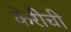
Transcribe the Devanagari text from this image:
केरीची